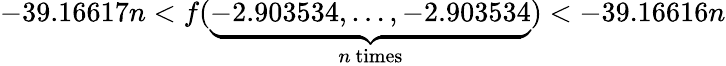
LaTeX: -39.16617n<f(\underbrace{-2.903534,\ldots,-2.903534}_{n{\mathrm{~times}}})<-39.16616n